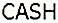
CASH